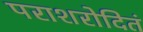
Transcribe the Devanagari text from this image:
पराशरोदितं